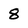
Character: 8